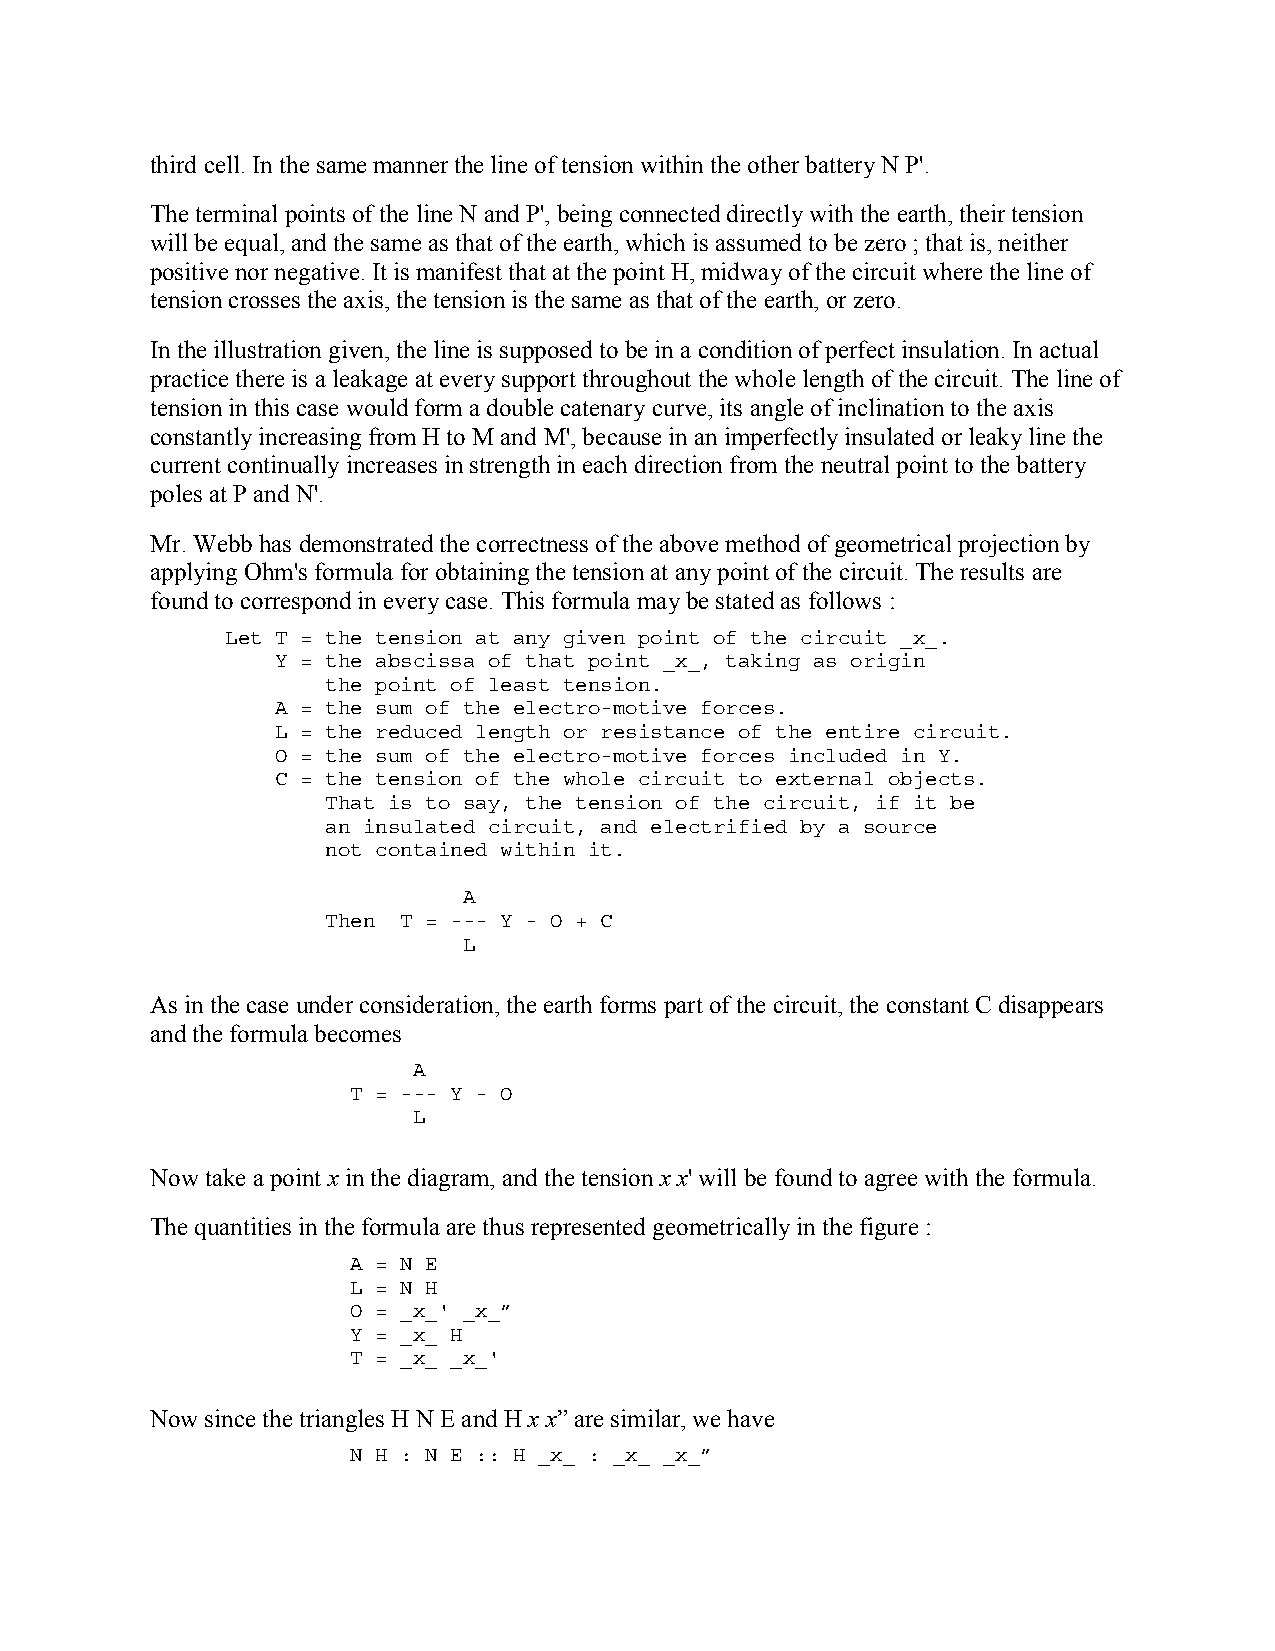
third cell. In the same manner the line of tension within the other battery N P'.
 The terminal points of the line N and P', being connected directly with the earth, their tension
 will be equal, and the same as that of the earth, which is assumed to be zero ; that is, neither
 positive nor negative. It is manifest that at the point H, midway of the circuit where the line of
 tension crosses the axis, the tension is the same as that of the earth, or zero.
 In the illustration given, the line is supposed to be in a condition of perfect insulation. In actual
 practice there is a leakage at every support throughout the whole length of the circuit. The line of
 tension in this case would form a double catenary curve, its angle of inclination to the axis
 constantly increasing from H to M and M', because in an imperfectly insulated or leaky line the
 current continually increases in strength in each direction from the neutral point to the battery
 poles at P and N'.
 Mr. Webb has demonstrated the correctness of the above method of geometrical projection by
 applying Ohm's formula for obtaining the tension at any point of the circuit. The results are
 found to correspond in every case. This formula may be stated as follows :
 Let T = the tension at any given point of the circuit _x_.
 Y = the abscissa of that point _x_, taking as origin
 the point of least tension.
 A = the sum of the electro-motive forces.
 L = the reduced length or resistance of the entire circuit.
 O = the sum of the electro-motive forces included in Y.
 C = the tension of the whole circuit to external objects.
 That is to say, the tension of the circuit, if it be
 an insulated circuit, and electrified by a source
 not contained within it.
 A
 Then T = --- Y - O + C
 L
 As in the case under consideration, the earth forms part of the circuit, the constant C disappears
 and the formula becomes
 A
 T = --- Y - O
 L
 Now take a point x in the diagram, and the tension x x' will be found to agree with the formula.
 The quantities in the formula are thus represented geometrically in the figure :
 A = N E
 L = N H
 O = _x_' _x_”
 Y = _x_ H
 T = _x_ _x_'
 Now since the triangles H N E and H x x” are similar, we have
 N H : N E :: H _x_ : _x_ _x_”